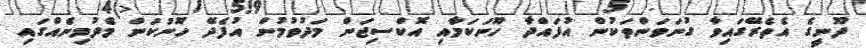
ދޫނީގެ އެތެރޭގައިވާ ގުނަވަންތަކުން އުފައްދާ ހޫނަކަމާއި އޮކްސިޖަން މަދުވުމުން އުފެދޭ ހޫނުކަން މެދުމިނެއްގައި